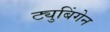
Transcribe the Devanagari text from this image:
ट्युबिंगेन